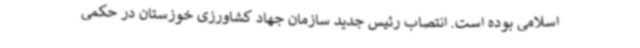
اسلامی بوده است. انتصاب رئیس جدید سازمان جهاد کشاورزی خوزستان در حکمی